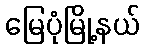
မြေပုံမြို့နယ်